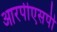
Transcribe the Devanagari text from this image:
आरपीएसपी